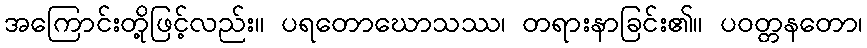
အကြောင်းတို့ဖြင့်လည်း။ ပရတောဃောသဿ၊ တရားနာခြင်း၏။ ပဝတ္တနတော၊